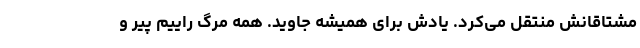
مشتاقانش منتقل می‌کرد. یادش برای همیشه جاوید. همه مرگ راییم پیر و